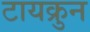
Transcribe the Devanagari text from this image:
टायक्रुन